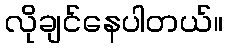
လိုချင်နေပါတယ်။